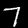
Label: 7